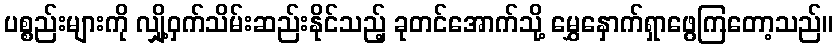
ပစ္စည်းများကို လျှို့ဝှက်သိမ်းဆည်းနိုင်သည့် ခုတင်အောက်သို့ မွှေနှောက်ရှာဖွေကြတော့သည်။